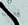
فلت